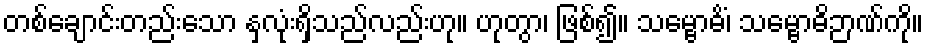
တစ်ချောင်းတည်းသော နှလုံးရှိသည်လည်းဟု။ ဟုတွာ၊ ဖြစ်၍။ သမ္ဗောဓိံ၊ သမ္ဗောဓိဉာဏ်ကို။